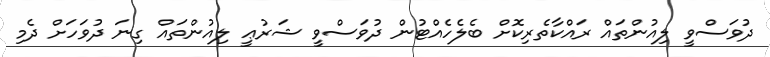
ދުވަސްވީ ލިއުންތައް ރައްކާތެރިކޮށް ބެލެހެއްޓުން ދުވަސްވީ ޝަރުޢީ ލިއުންތައް ގިނަ ދުވަހަށް ދެމި